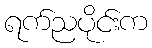
ရက်ညပိုင်းက